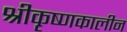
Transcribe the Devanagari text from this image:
श्रीकृष्णकालीन